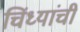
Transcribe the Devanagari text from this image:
चिंध्यांची